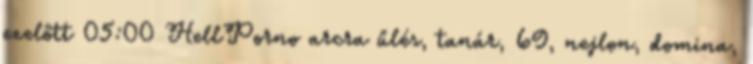
ezelőtt 05:00 HellPorno arcra űlés, tanár, 69, nejlon, domina,